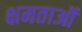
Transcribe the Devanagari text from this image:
क्षमताऑ